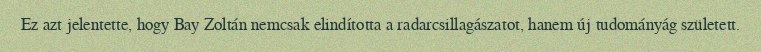
Ez azt jelentette, hogy Bay Zoltán nemcsak elindította a radarcsillagászatot, hanem új tudományág született.